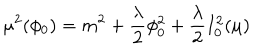
LaTeX: \mu ^ { 2 } ( \phi _ { 0 } ) = m ^ { 2 } + { \frac { \lambda } { 2 } } \phi _ { 0 } ^ { 2 } + { \frac { \lambda } { 2 } } I _ { 0 } ^ { 2 } ( \mu )